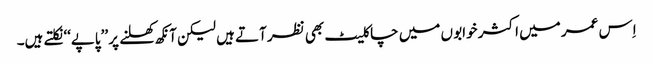
اِس عمر میں اکثر خوابو ں میں چاکلیٹ بھی نظر آتے ہیں لیکن آنکھ کھلنے پر ’’پاپے‘‘ نکلتے ہیں۔